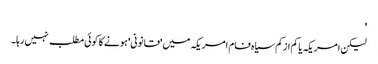
'
لیکن امریکہ یا کم ازکم سیاہ فام امریکہ میں 'قانونی' ہونے کا کوئی مطلب نہیں رہا۔